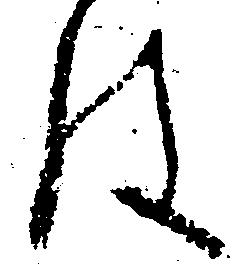
は